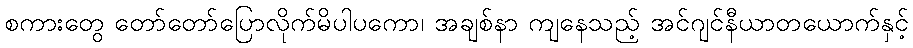
စကားတွေ တော်တော်ပြောလိုက်မိပါပကော၊ အချစ်နာ ကျနေသည့် အင်ဂျင်နီယာတယောက်နှင့်